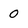
Character: 0